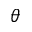
\theta